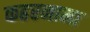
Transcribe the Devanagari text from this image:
कहरनामा